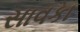
સાવકા